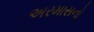
અરમાસનો